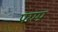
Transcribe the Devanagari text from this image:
परम्प्रा